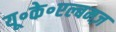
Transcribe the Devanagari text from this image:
यू॰के॰एल्बमज़